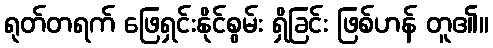
ရုတ်တရက် ဖြေရှင်းနိုင်စွမ်း ရှိခြင်း ဖြစ်ဟန် တူ၏။